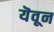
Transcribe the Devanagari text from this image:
यॆवून